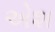
એશ